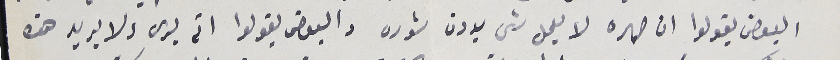
البعض يقولوا ان صهره لا يعمل شى بدون شوره والبعض يقولوا انه برى ولا يريد هذه